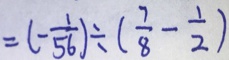
= ( - \frac { 1 } { 5 6 } ) \div ( \frac { 7 } { 8 } - \frac { 1 } { 2 } )